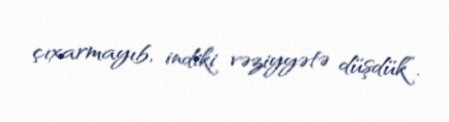
çıxarmayıb, indiki vəziyyətə düşdük”.